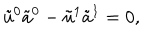
LaTeX: \tilde { u } ^ { 0 } \tilde { a } ^ { 0 } - \tilde { u } ^ { 1 } \tilde { a } ^ { 1 } = 0 ,